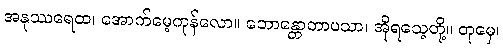
အနုဿရေထ၊ အောက်မေ့ကုန်လော။ ဘောန္တောတာပသာ၊ အိုရသေ့တို့။ တုမှေ၊